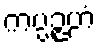
ကပ္ပဉ္ဇဟံ